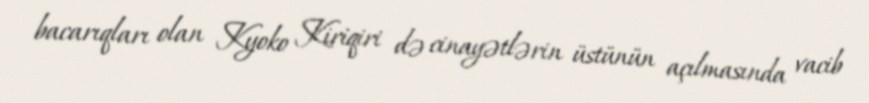
bacarıqları olan Kyoko Kiriqiri də cinayətlərin üstünün açılmasında vacib